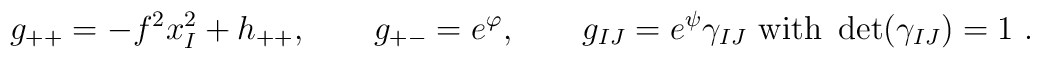
g_{++}=-f^{2}x^{2}_{I}+h_{++}, \qquad g_{+-}=e^{\varphi}, \qquad g_{IJ}=e^{\psi}\gamma_{IJ}~\mbox{with}~ \det(\gamma_{IJ})=1 ~.